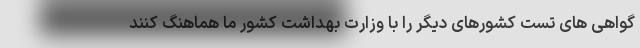
گواهی های تست کشورهای دیگر را با وزارت بهداشت کشور ما هماهنگ کنند